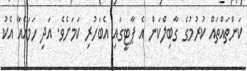
ކަންތައްތައް ކުރުމުގެ ގާބިލްކަން އެ ޕާޓީގައި އެބަހުރި ކަމަށެވެ. އަދި ހަމައެއާ އެކު